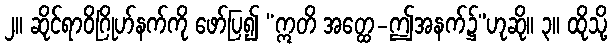
၂။ ဆိုင်ရာဝိဂြိုဟ်နက်ကို ဖော်ပြ၍ “ဣတိ အတ္ထေ-ဤအနက်၌”ဟုဆို။ ၃။ ထိုသို့